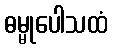
ဓမ္မုပေါသထံ